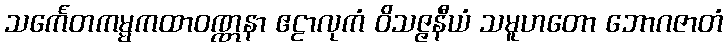
သင်္ကေတကမ္မကထာဝဏ္ဏနာ ဧဠာလုကံ ဝိသဇ္ဇနီယံ သမူဟတော ဘောဂဇာတံ